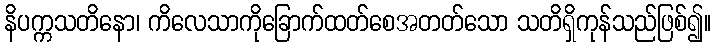
နိပက္ကသတိနော၊ ကိလေသာကိုခြောက်ထတ်စေအတတ်သော သတိရှိကုန်သည်ဖြစ်၍။